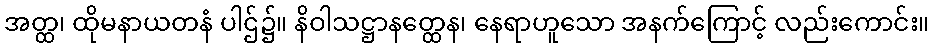
အတ္ထ၊ ထိုမနာယတနံ ပါဌ်၌။ နိဝါသဋ္ဌာနတ္ထေန၊ နေရာဟူသော အနက်ကြောင့် လည်းကောင်း။